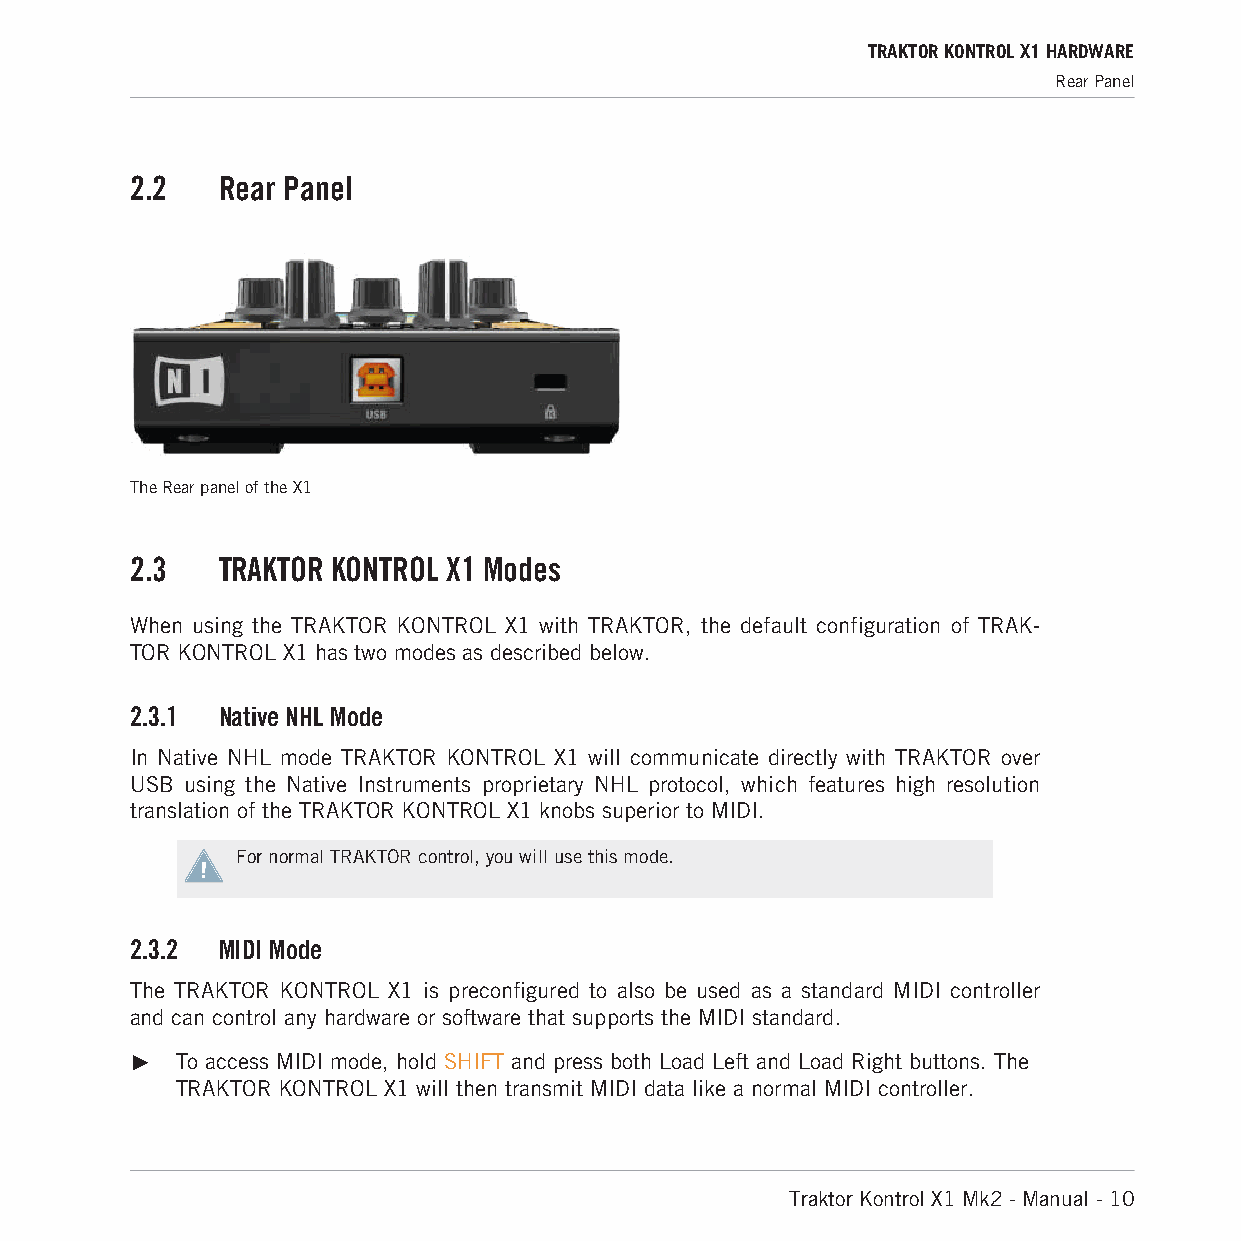
TRAKTOR KONTROL X1 HARDWARE
 Rear Panel
 2.2  Rear Panel
 The Rear panel of the X1
 2.3  TRAKTOR KONTROL X1 Modes
 When using the TRAKTOR KONTROL X1 with TRAKTOR, the default configuration of TRAK-
 TOR KONTROL X1 has two modes as described below.
 2.3.1 Native NHL Mode
 I n Native NHL mode TRAKTOR KONTROL X1 will communicate directly with TRAKTOR over
 USB using the Native Instruments proprietary NHL protocol, which features high resolution
 translation of the TRAKTOR KONTROL X1 knobs superior to MIDI.
 For normal TRAKTOR control, you will use this mode.
 2.3.2 MIDI Mode
 The TRAKTOR KONTROL X1 is preconfigured to also be used as a standard MIDI controller
 and can control any hardware or software that supports the MIDI standard.
 ►  To access MIDI mode, hold SHIFT and press both Load Left and Load Right buttons. The
 TRAKTOR KONTROL X1 will then transmit MIDI data like a normal MIDI controller.
 Traktor Kontrol X1 Mk2 - Manual - 10